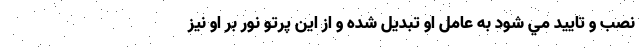
نصب و تاييد مي شود به عامل او تبديل شده و از اين پرتو نور بر او نيز